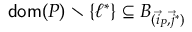
\mathsf { d o m } ( P ) \setminus \{ \ell ^ { * } \} \subseteq B _ { ( \vec { i } _ { P } , \vec { j } ^ { * } ) }